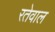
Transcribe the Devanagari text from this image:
रतेवाल